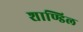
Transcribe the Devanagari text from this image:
शाण्डिल